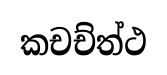
කචච්ත්ථ